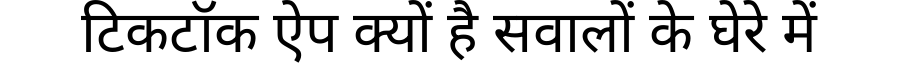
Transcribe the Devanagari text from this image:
टिकटॉक ऐप क्यों है सवालों के घेरे में